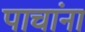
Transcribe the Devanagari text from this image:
पाचांना